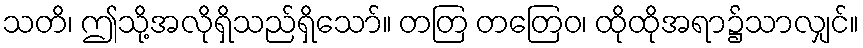
သတိ၊ ဤသို့အလိုရှိသည်ရှိသော်။ တတြ တတြေဝ၊ ထိုထိုအရာ၌သာလျှင်။